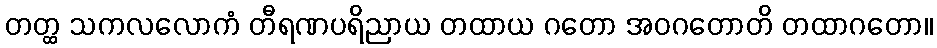
တတ္ထ သကလလောကံ တီရဏပရိညာယ တထာယ ဂတော အဝဂတောတိ တထာဂတော။